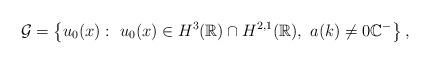
\begin{align*}\mathcal{G}=\left\lbrace u_0(x): \ u_0(x) \in H^{3}(\mathbb{R} )\cap H^{2,1}(\mathbb{R} ),\ a(k) \neq 0 \mathbb{C}^-\right\rbrace,\end{align*}